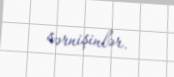
sərnişinlər.